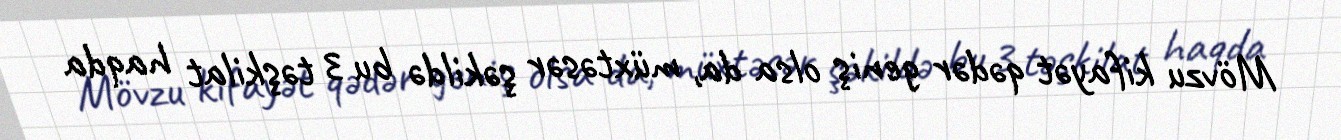
Mövzu kifayət qədər geniş olsa da, müxtəsər şəkildə bu 3 təşkilat haqda